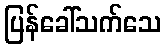
ပြန်ခေါ်သက်သေ